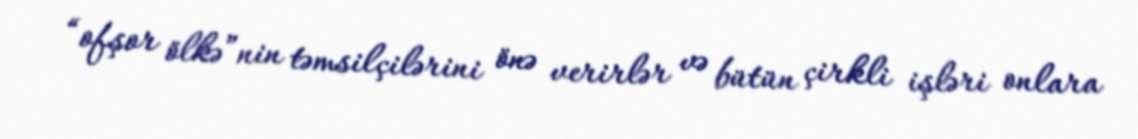
“ofşor ölkə”nin təmsilçilərini önə verirlər və bütün çirkli işləri onlara